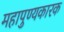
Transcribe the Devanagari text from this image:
महापुण्यकारक